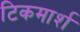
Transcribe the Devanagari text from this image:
टिकमार्श